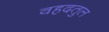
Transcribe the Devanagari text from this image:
वहदतुल